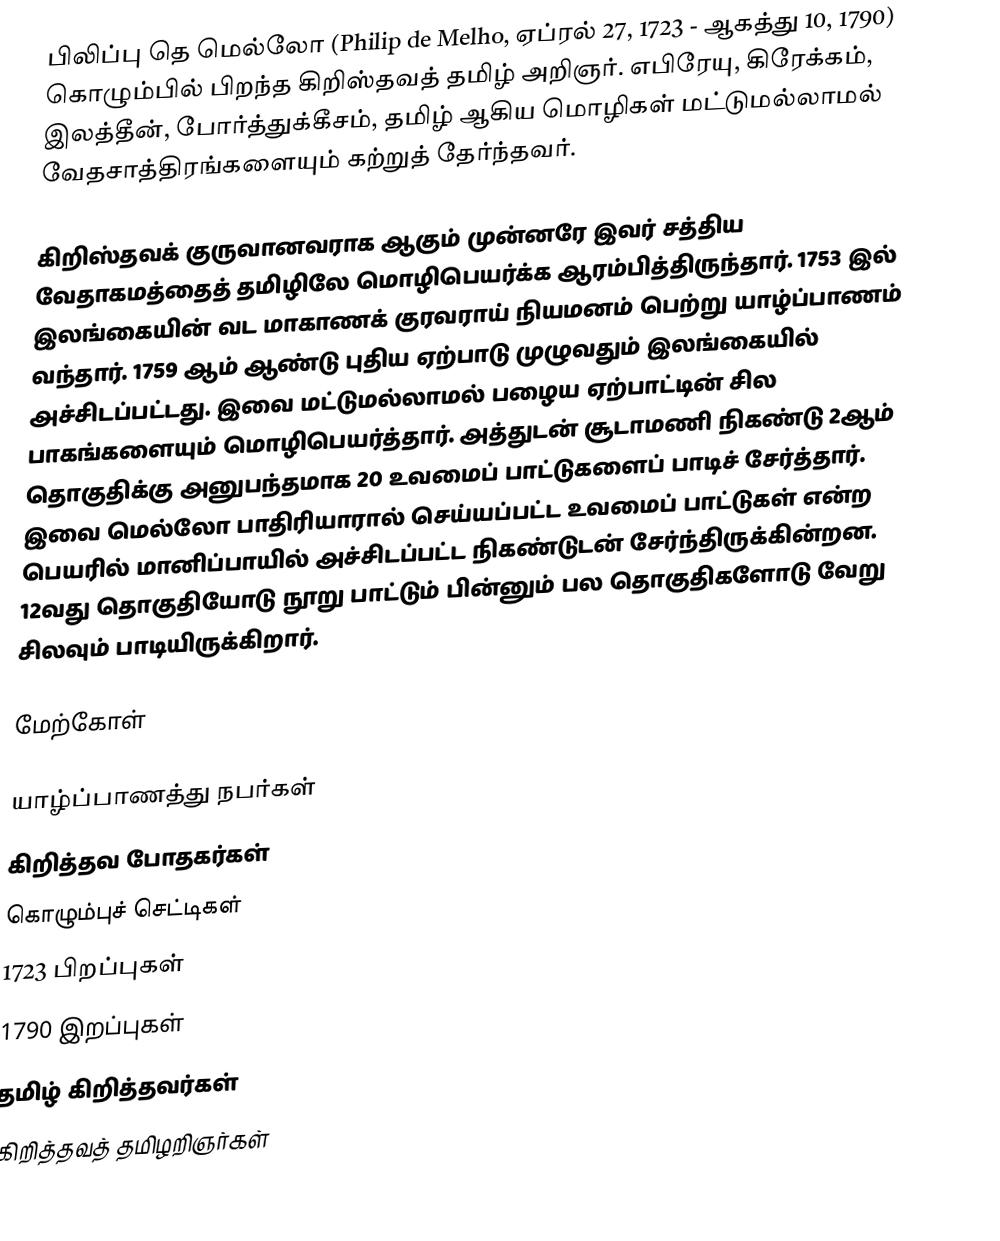
பிலிப்பு தெ மெல்லோ (Philip de Melho, ஏப்ரல் 27, 1723 - ஆகத்து 10, 1790) கொழும்பில் பிறந்த கிறிஸ்தவத் தமிழ் அறிஞர். எபிரேயு, கிரேக்கம், இலத்தீன், போர்த்துக்கீசம், தமிழ் ஆகிய மொழிகள் மட்டுமல்லாமல் வேதசாத்திரங்களையும் கற்றுத் தேர்ந்தவர்.

கிறிஸ்தவக் குருவானவராக ஆகும் முன்னரே இவர் சத்திய வேதாகமத்தைத் தமிழிலே மொழிபெயர்க்க ஆரம்பித்திருந்தார். 1753 இல் இலங்கையின் வட மாகாணக் குரவராய் நியமனம் பெற்று யாழ்ப்பாணம் வந்தார். 1759 ஆம் ஆண்டு புதிய ஏற்பாடு முழுவதும் இலங்கையில் அச்சிடப்பட்டது. இவை மட்டுமல்லாமல் பழைய ஏற்பாட்டின் சில பாகங்களையும் மொழிபெயர்த்தார். அத்துடன் சூடாமணி நிகண்டு 2ஆம் தொகுதிக்கு அனுபந்தமாக 20 உவமைப் பாட்டுகளைப் பாடிச் சேர்த்தார். இவை மெல்லோ பாதிரியாரால் செய்யப்பட்ட உவமைப் பாட்டுகள் என்ற பெயரில் மானிப்பாயில் அச்சிடப்பட்ட நிகண்டுடன் சேர்ந்திருக்கின்றன. 12வது தொகுதியோடு நூறு பாட்டும் பின்னும் பல தொகுதிகளோடு வேறு சிலவும் பாடியிருக்கிறார்.

மேற்கோள்

யாழ்ப்பாணத்து நபர்கள்
கிறித்தவ போதகர்கள்
கொழும்புச் செட்டிகள்
1723 பிறப்புகள்
1790 இறப்புகள்
தமிழ் கிறித்தவர்கள்
கிறித்தவத் தமிழறிஞர்கள்